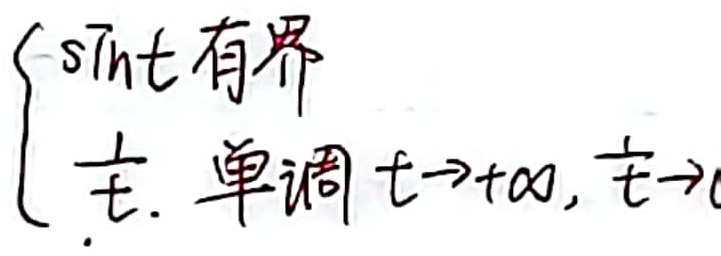
已知\(\begin{cases} \sin t\text{有界} \\ \frac{1}{t}\text{单调，当}t \to +\infty\text{时，}\frac{1}{t} \to 0 \end{cases}\)